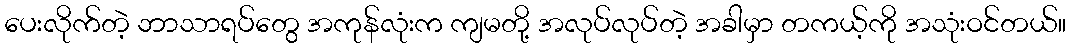
ပေးလိုက်တဲ့ ဘာသာရပ်တွေ အကုန်လုံးက ကျမတို့ အလုပ်လုပ်တဲ့ အခါမှာ တကယ့်ကို အသုံးဝင်တယ်။